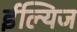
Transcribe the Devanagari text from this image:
ईल्यिज